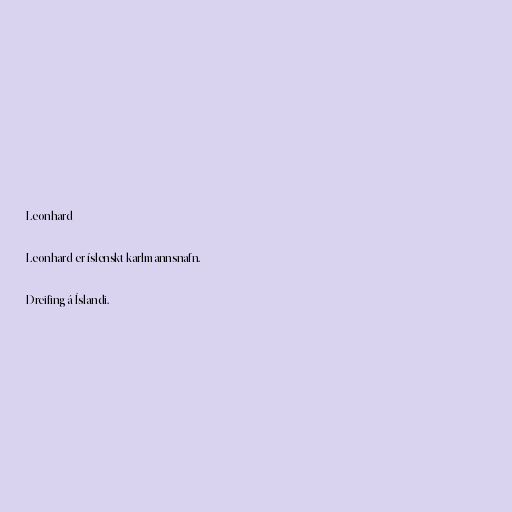
Leonhard

Leonhard er íslenskt karlmannsnafn.

Dreifing á Íslandi.